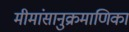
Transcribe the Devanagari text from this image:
मीमांसानुक्रमाणिका